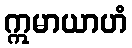
ဣမာယာဟံ